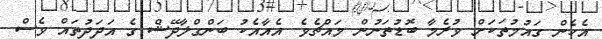
އެހެން ގައުމުތަކަށް ވުރެމާ ބޮޑުތަނުން މައްޗެވެ. އެއާއެކު ބަންގްލާދޭޝް ގެ އަދަދުތައް ވެސް